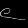
Digit: ၉